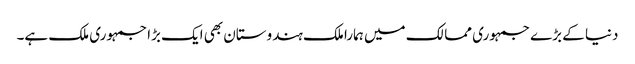
دنیا کے بڑے جمہوری ممالک میں ہمارا ملک ہندوستان بھی ایک بڑا جمہوری ملک ہے۔